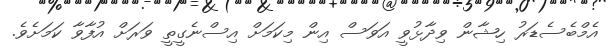
އެމްބެސެޑަރު ހިޝާން ވިދާޅުވީ އަވަސް އިން މިކަމަށް އިސްނެގީތީ ވަރަށް އުފާވާ ކަމަށެވެ.